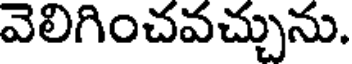
వెలిగించవచ్చును.